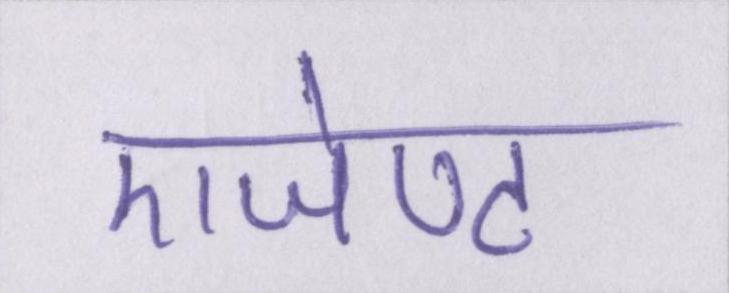
एजेण्ट